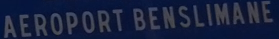
AEROPORT BENSLIMANE